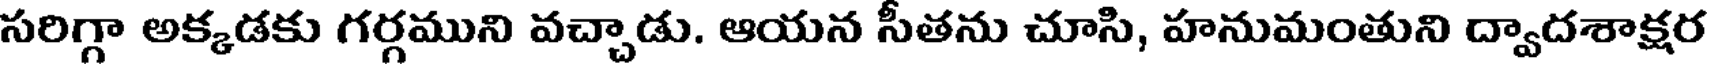
సరిగ్గా అక్కడకు గర్గముని వచ్చాడు. ఆయన సీతను చూసి, హనుమంతుని ద్వాదశాక్షర